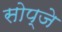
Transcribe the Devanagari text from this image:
सोप्जे